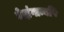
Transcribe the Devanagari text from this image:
वेदांगान्यपि